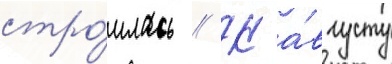
стро́илась // К а́вгусту